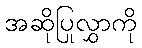
အဆိုပြုလွှာကို